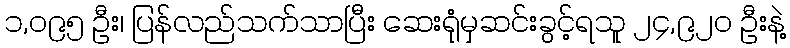
၁,၀၉၅ ဦး၊ ပြန်လည်သက်သာပြီး ဆေးရုံမှဆင်းခွင့်ရသူ ၂၄,၉၂၀ ဦးနဲ့